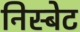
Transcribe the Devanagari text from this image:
निस्बेट